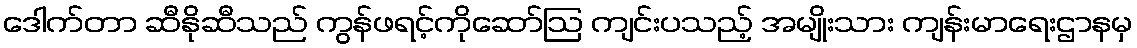
ဒေါက်တာ ဆီနိုဆီသည် ကွန်ဖရင့်ကိုဆော်ဩ ကျင်းပသည့် အမျိုးသား ကျန်းမာရေးဌာနမှ